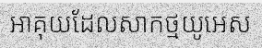
អាគុយដែលសាកថ្មយូអេស